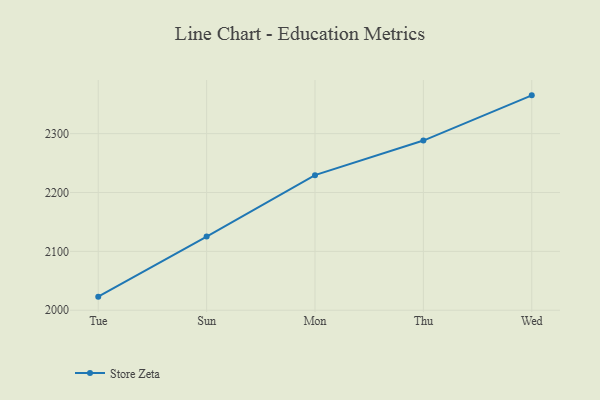
{"axis": {"x": "Day", "y": "Operating Costs (USD K)"}, "legend": ["Store Zeta"], "data": [{"x": "Tue", "y": 2023.1, "type": "Store Zeta"}, {"x": "Sun", "y": 2125.2, "type": "Store Zeta"}, {"x": "Mon", "y": 2229.5, "type": "Store Zeta"}, {"x": "Thu", "y": 2288.2, "type": "Store Zeta"}, {"x": "Wed", "y": 2365.0, "type": "Store Zeta"}]}